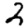
Digit: 2